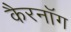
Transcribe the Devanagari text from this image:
कैरनॉग